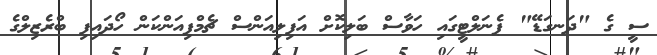
ސީ ގެ "ދަނގަޑޭ" ޕެނަލްޓީގައި ހަވާސް ބަލިކޮށް އަފިލިއަންސް ޗެމްޕިއަންކަން ހޯދައިފި ބްރެޒިލްގެ